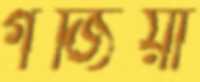
গর্জিয়া